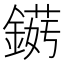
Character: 𲇘